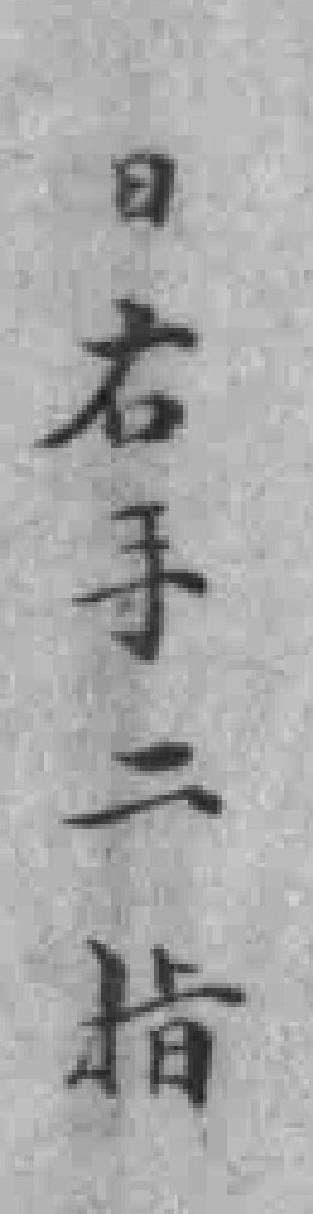
日右手二指